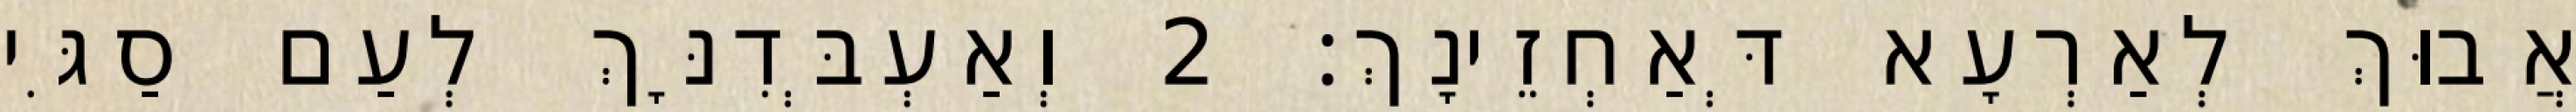
אֲבוּךְ לְאַרְעָא דְּאַחְזֵינָךְ׃ 2 וְאַעְבְּדִנָּךְ לְעַם סַגִּי